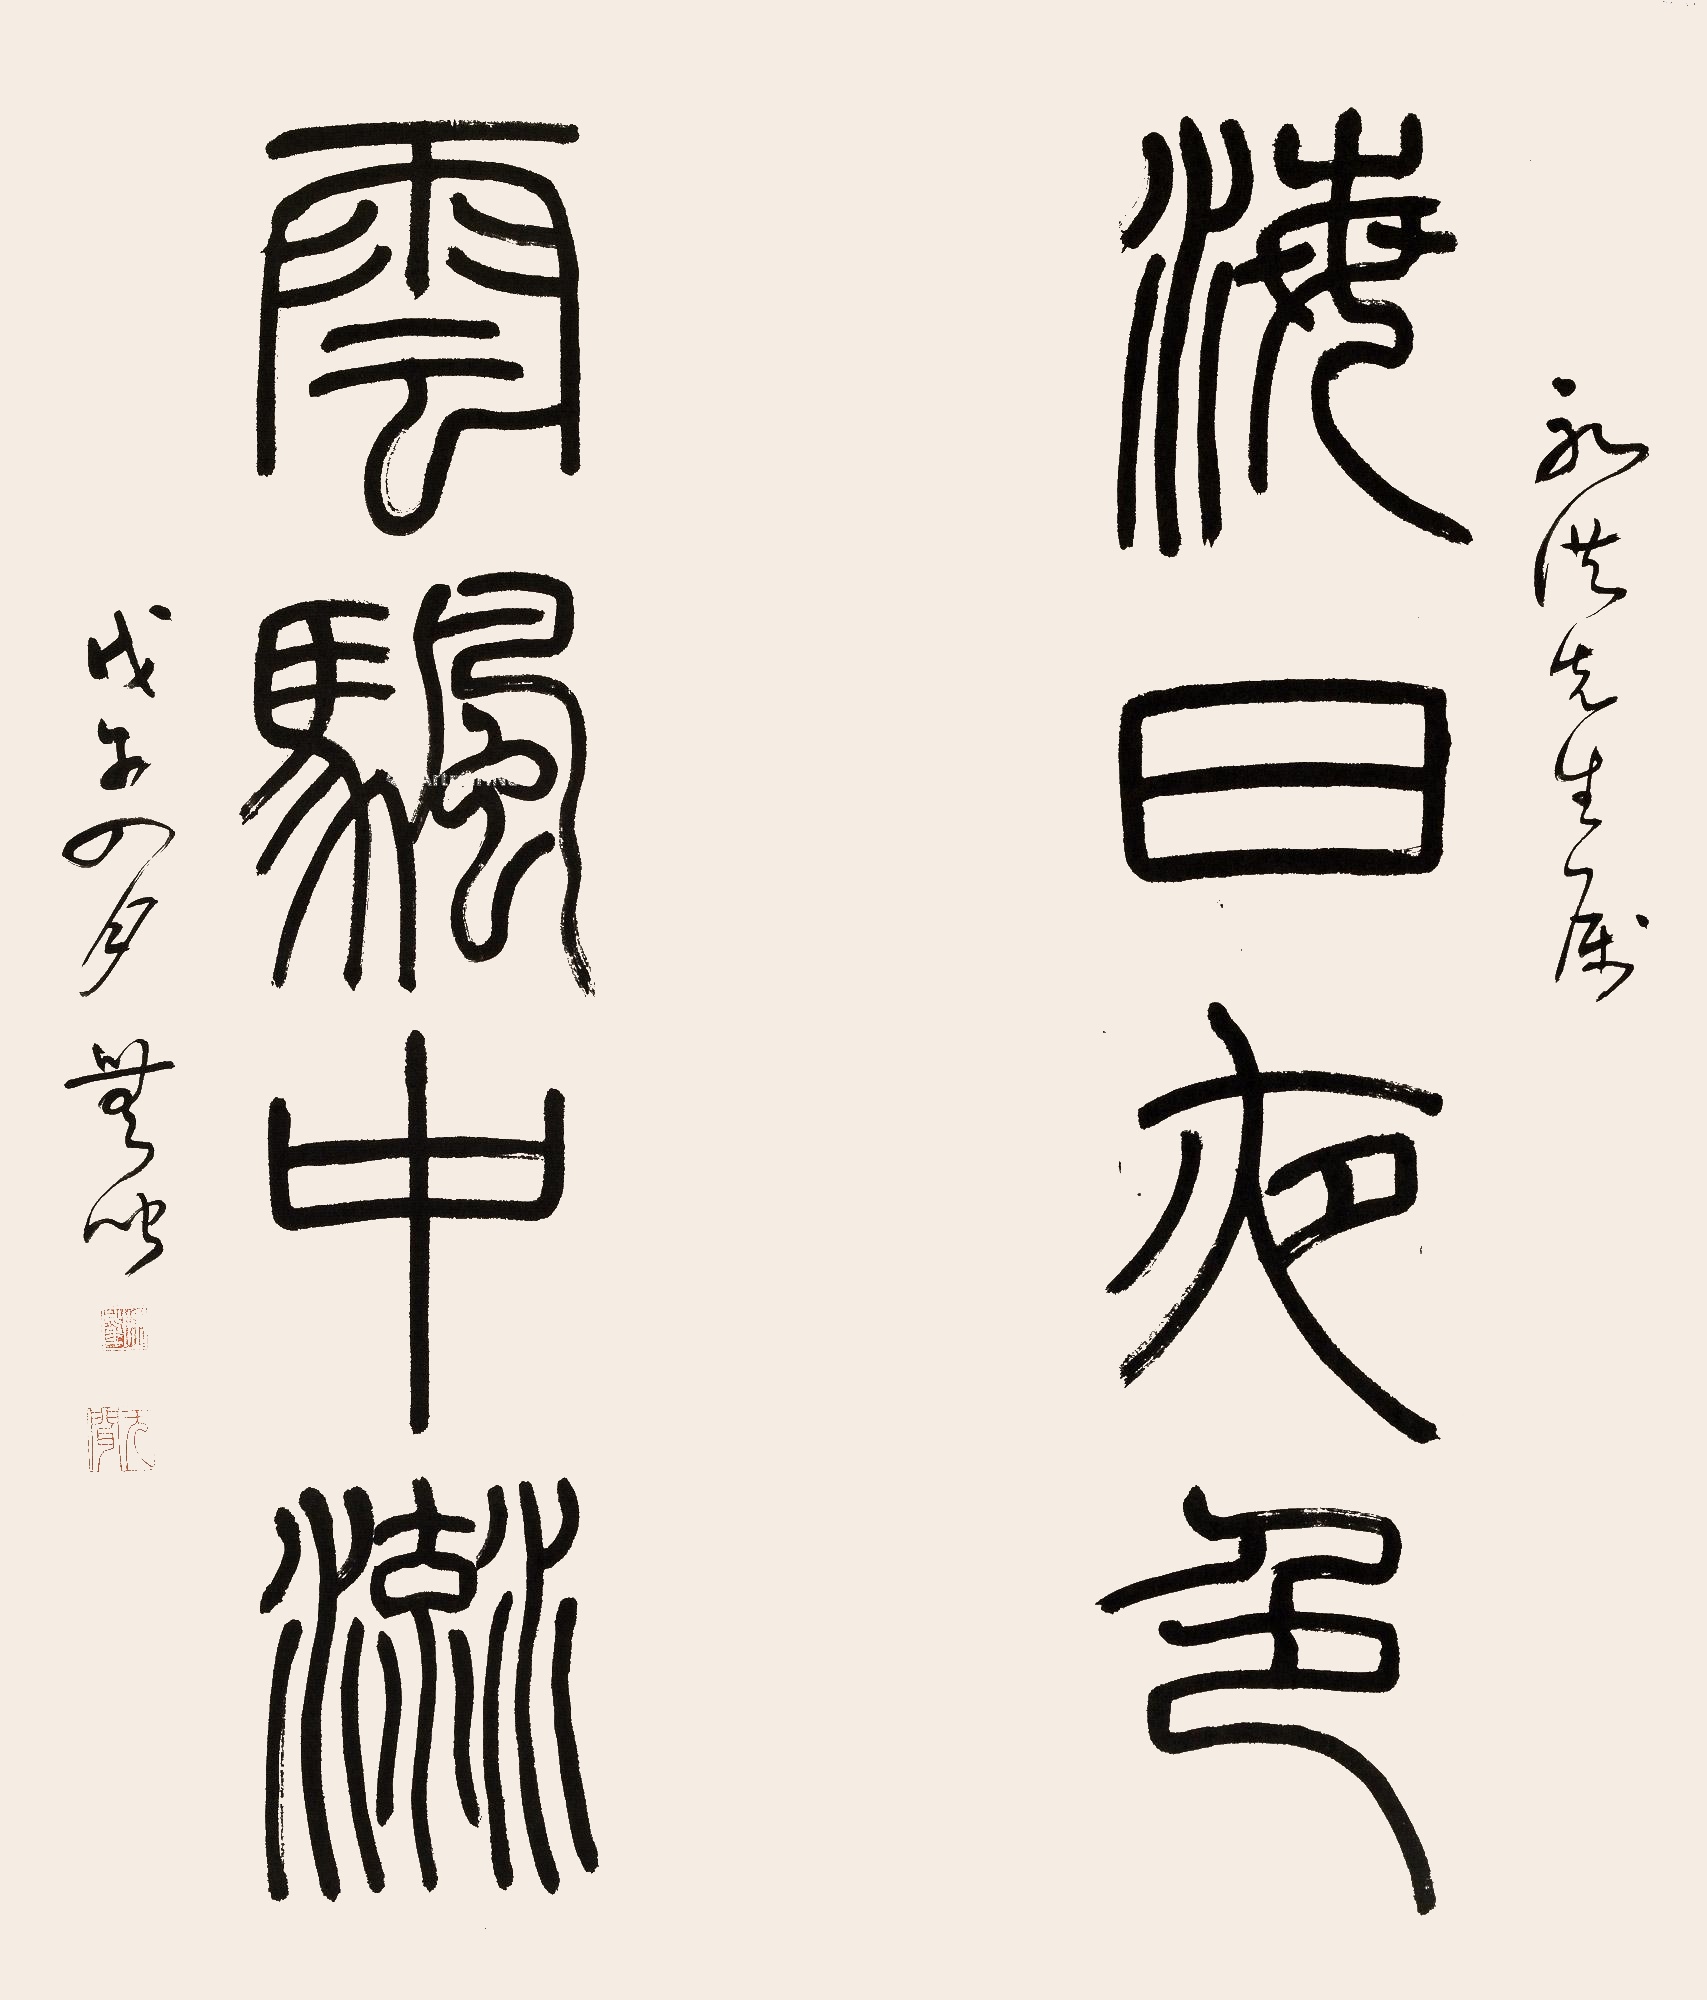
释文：海日夜色，云颿中流。永洪先生属，戊午四月，无闻。